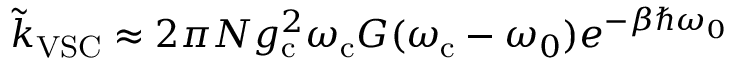
\tilde { k } _ { \mathrm { V S C } } \approx 2 \pi { N g _ { \mathrm { c } } ^ { 2 } \omega _ { \mathrm { c } } } G ( \omega _ { \mathrm { c } } - \omega _ { 0 } ) e ^ { - \beta \hbar \omega _ { 0 } }